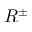
R ^ { \pm }